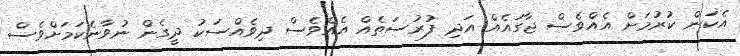
އެކަން ކުރުމަށް އެއްވެސް ޖާގައެއް އަދި ފުރުސަތެއް އެއްވެސް ދިވެއްސަކު ދީގެން ނުވާނެކަމަށްވެސް